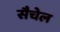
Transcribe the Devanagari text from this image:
सैचेल